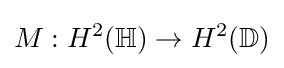
M:H^{2}(\mathbb {H} )\rightarrow H^{2}(\mathbb {D} )